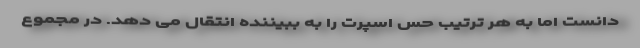
دانست اما به هر ترتیب حس اسپرت را به ببیننده انتقال می دهد. در مجموع